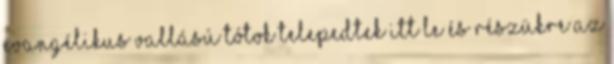
evangélikus vallású tótok telepedtek itt le és részükre az